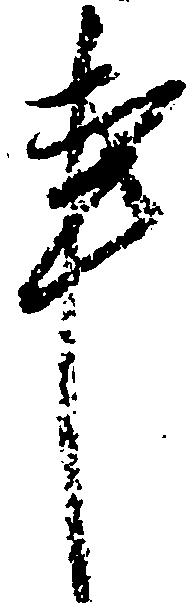
事